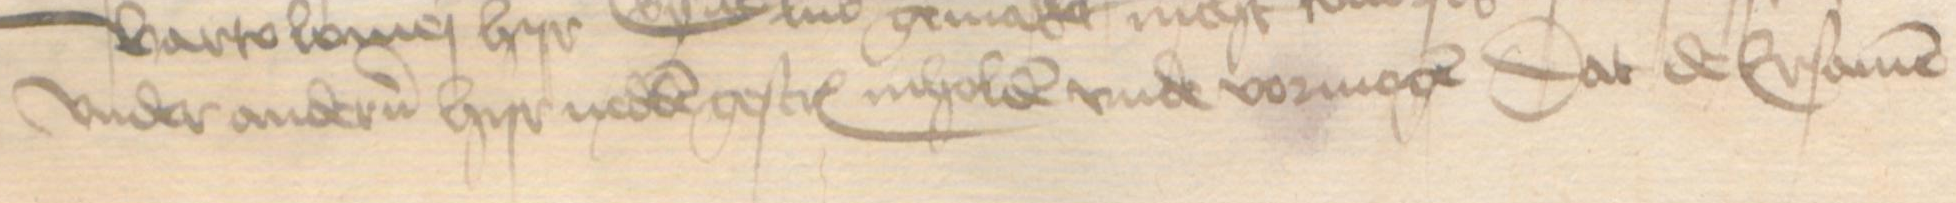
vnder anderen hyr nedden gescreuen inholden vnde vormogen dat de Ersamen